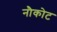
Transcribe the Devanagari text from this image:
नौकोट